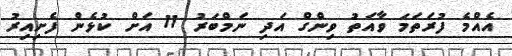
އެއްމެ ފުރަތަމަ ވާއަތު ވިންގް އަދި ނަމްބަރު 11 އަށް ކުޅެން ފެށިއިރު